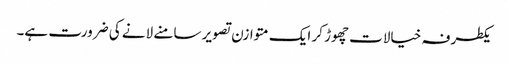
یکطرفہ خیالات چھوڑ کر ایک متوازن تصویر سامنے لانے کی ضرورت ہے۔